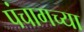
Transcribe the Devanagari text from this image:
पंचागच्या